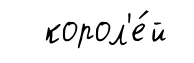
корол'е́й